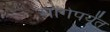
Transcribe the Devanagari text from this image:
मागेपर्यंत